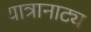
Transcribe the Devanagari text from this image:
यात्रानाट्य